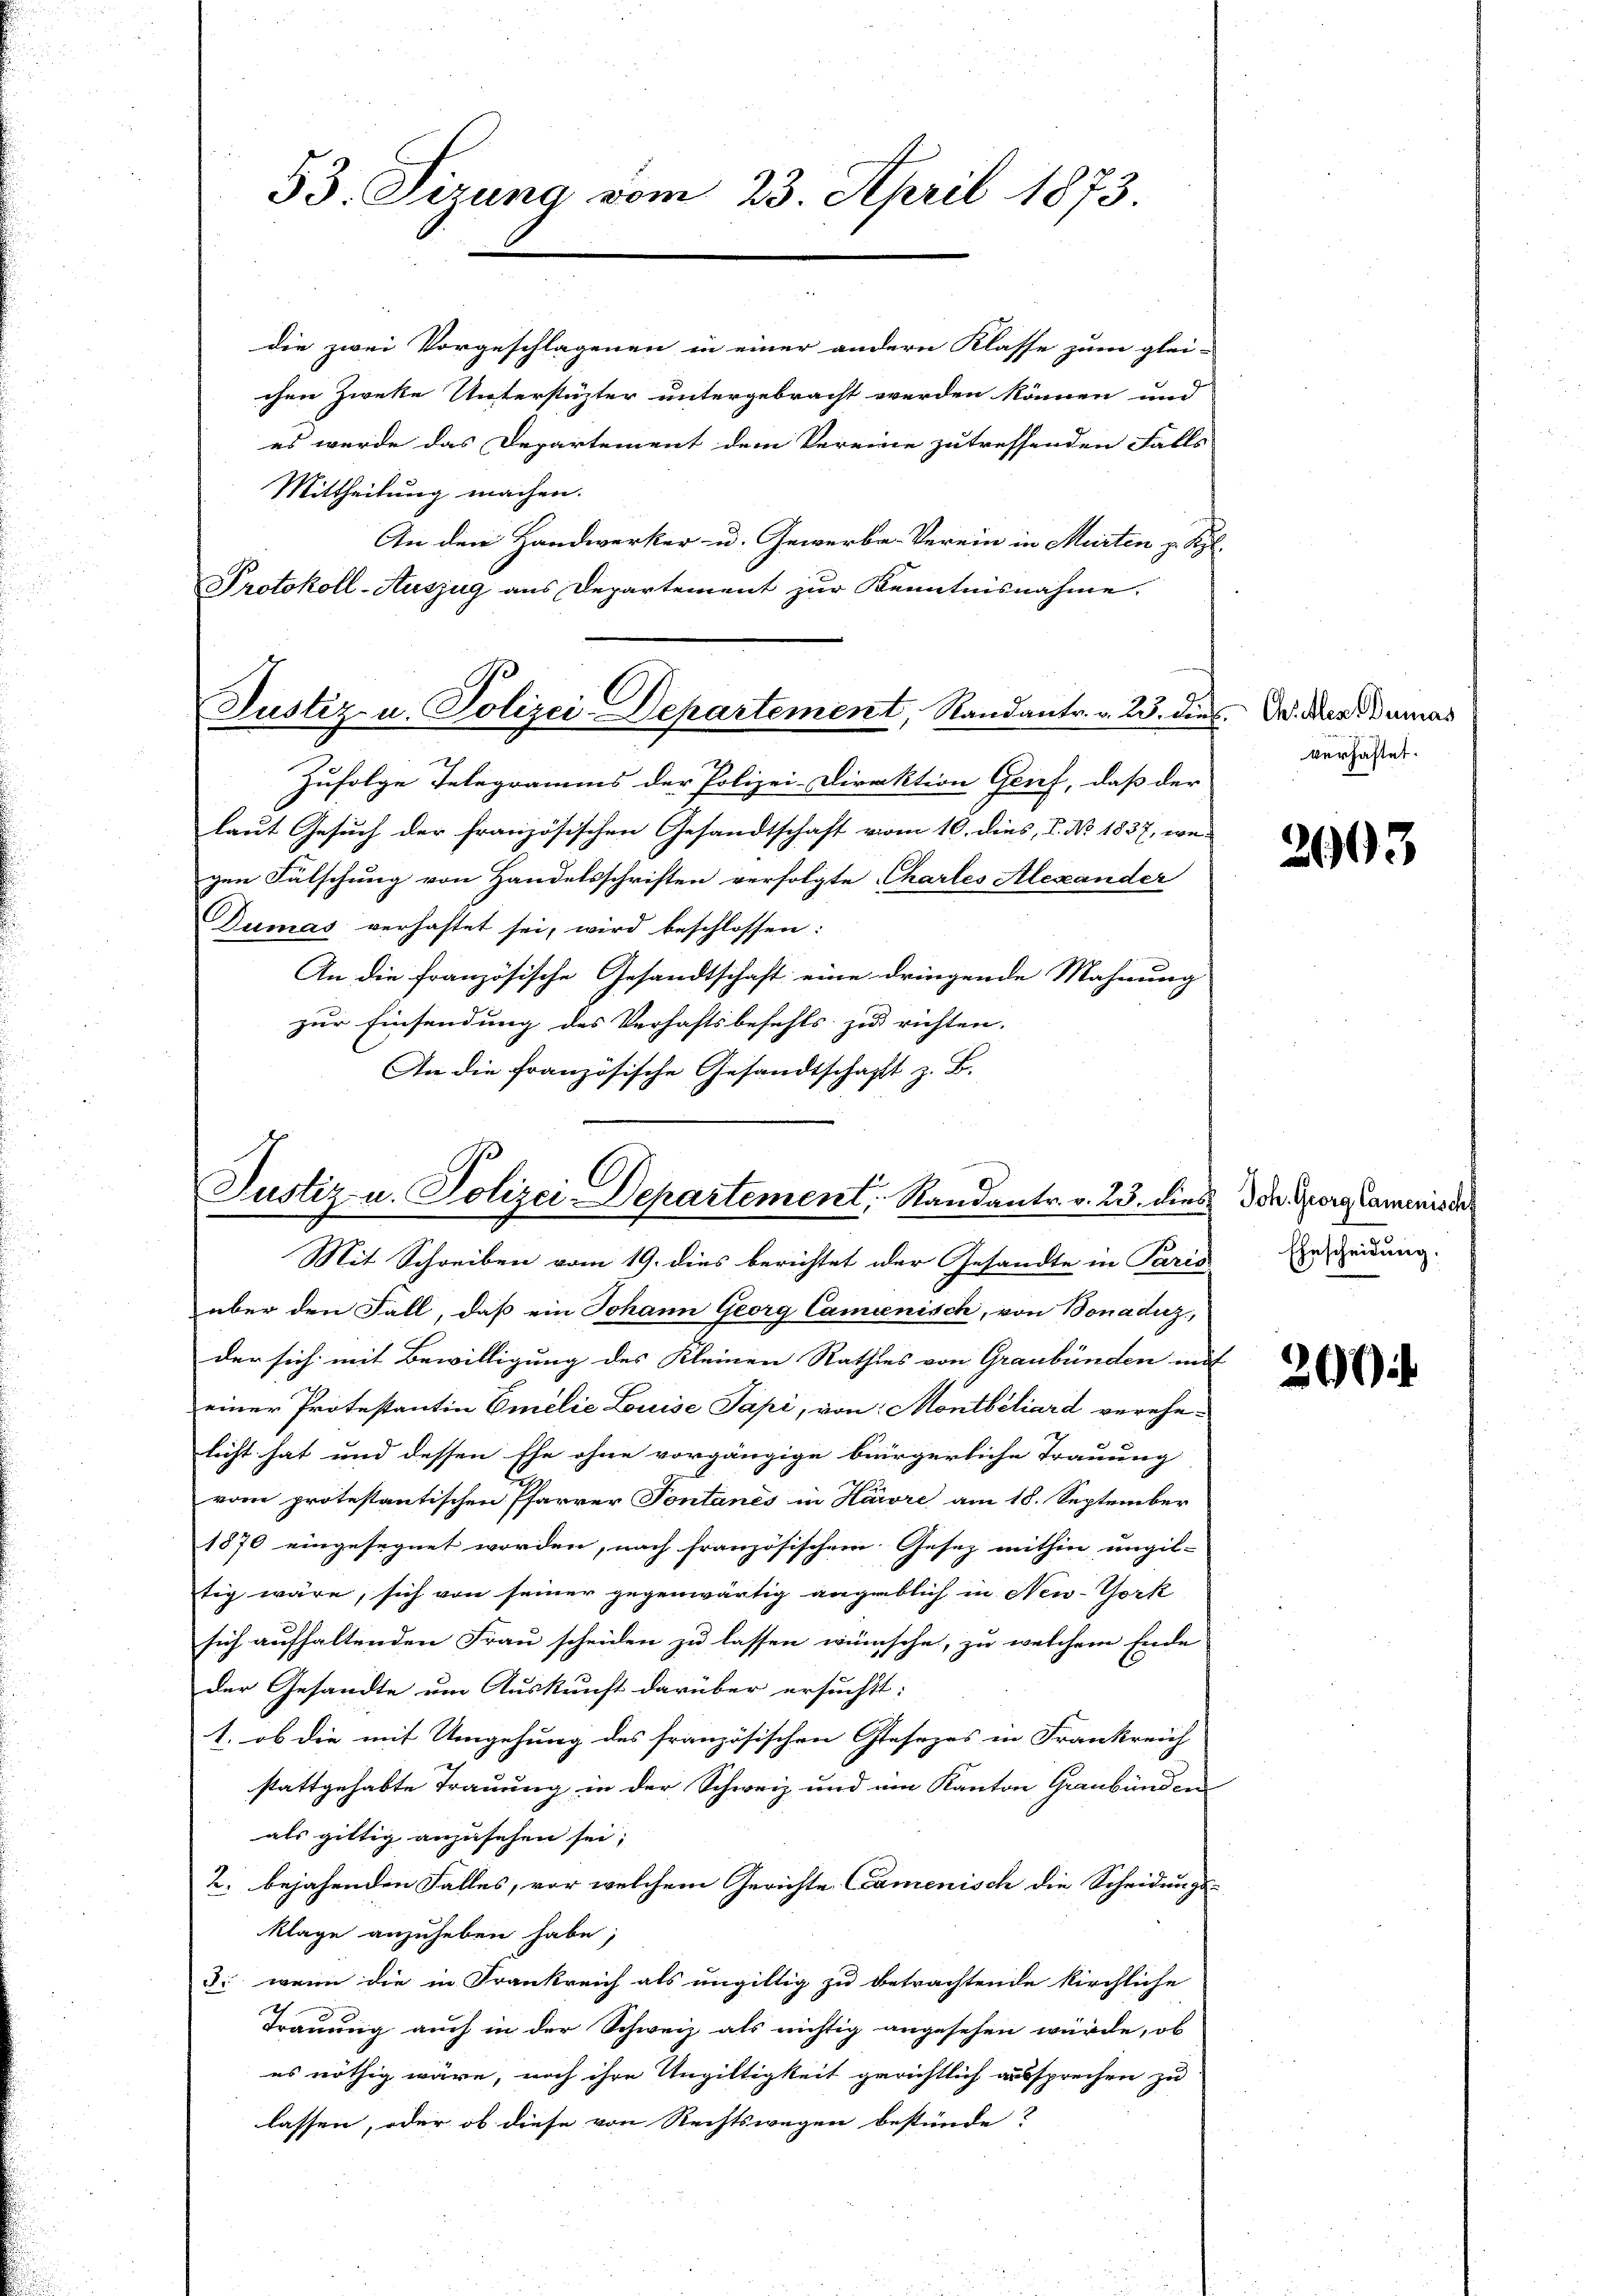
53. Sizung vom 23. April 1873.

Justiz u. Polizei-Departement, Randantr. v. 23. dies. Dr. der Damas

die zwei Vorgeschlagenen in einer andern Klasse zum glei-
chen Zweke Unterstüzter untergebracht werden können und
es wurde das Departement dem Vereine zutreffenden Falls
Mittheilung machen.
An den Handwerker u. Gewerbe-Verein in Murten zu Kyl.
Protokoll-Auszug aus Departement zur Kenntnisnahme.
Zufolge Telegramms der Polizei-Direktion Genf, daß der
laut Gesuch der französischen Gesandtschaft vom 10. dies, 1. No. 1837, wegen Fälschung von Handelsschriften verfolgte Chartes Alexander
Dumas verhaftet sei, wird beschlossen:
An die französische Gesandtschaft eine dringende Mahnung
zur Einsendung des Verhaftsbefehls zu richten. |
An die französische Gesandtschaft z. B.

Mit Schreiben vom 19. dies berichtet der Gesandte in Paris
über den Fall, daß ein Johann Georg Camienisch, von Bonaduz,
der sich mit Bewilligung des Kleinen Rathes von Graubünden mit |
einer Protestantin Emilie Louise Papi, von Montbiliard verehelicht hat und dessen Ehe ohne vorgängige bürgerliche Trauung
vom protestantischen Pfarrer Fontanes in Harre am 18. September
1870 eingesegnet worden, nach französischem Gesetz mithin ungil-
tig wäre, sich von seiner gegenwärtig angeblich in New-York
sich aufhaltenden Frau scheiden zu lassen wünsche, zu welchem Ende
der Gesandte um Auskunft darüber ersucht:
1. ob die mit Umgehung des französischen Gesezes in Frankreich
stattgehabte Trauung in der Schweiz und ein Kanton Graubünden
als giltig anzusehen sei;
2. bejahenden Falles, vor welchem Gerichte Camenisch die Scheidungs-
klage anzuheben habe,
d. wenn die in Frankreich als ungültig zu betrachtende kirchliche
Trauung auch in der Schweiz als nichtig angesehen würde, ob
es nöthig wäre, noch ihre Ungültigkeit gerichtlich aussprechen zu
lassen, oder ob diese von Rechtswegen bestünde?

Justiz- u. Polizei Departement, Randantr. v. 23. dies

verhaftet.

2003

Joh. Georg Camenisch.
Ehescheidung.

200